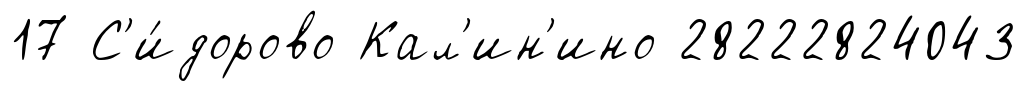
17 С'и́дорово Кал'ин'ино 28222824043